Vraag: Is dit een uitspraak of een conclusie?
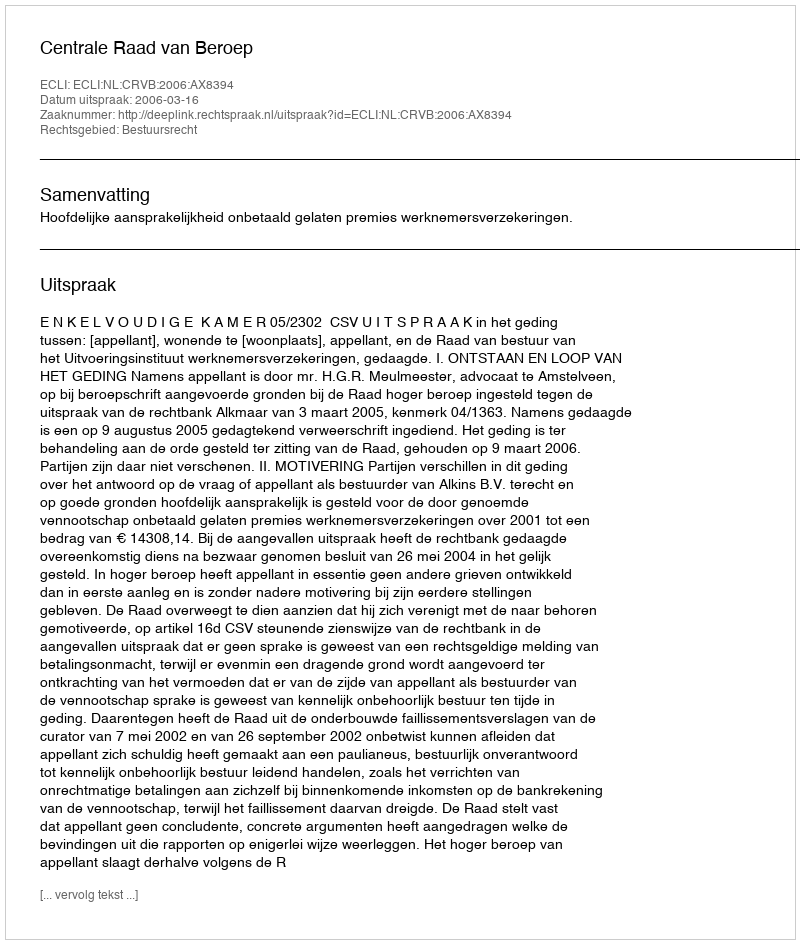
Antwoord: Uitspraak